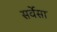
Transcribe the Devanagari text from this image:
सर्वेसा